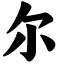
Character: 尔